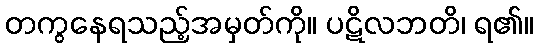
တကွနေရသည့်အမှတ်ကို။ ပဋိလဘတိ၊ ရ၏။